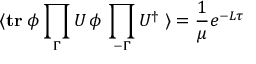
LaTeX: \langle \mathrm { \bf t r } \; \phi \prod _ { \Gamma } U \, \phi \, \prod _ { - \Gamma } U ^ { \dagger } \; \rangle = { \frac { 1 } { \mu } } e ^ { - L \tau }